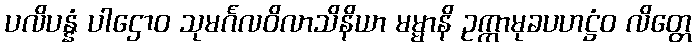
ပလိပန္နံ ပါဌောဝ သုမင်္ဂလဝိလာသိနိယာ မမ္မာနိ ဥက္ကာမုခပဟဋ္ဌံဝ လိတ္တေ